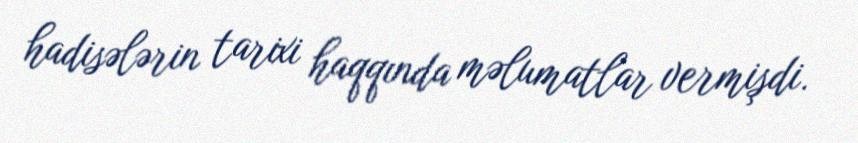
hadisələrin tarixi haqqında məlumatlar vermişdi.